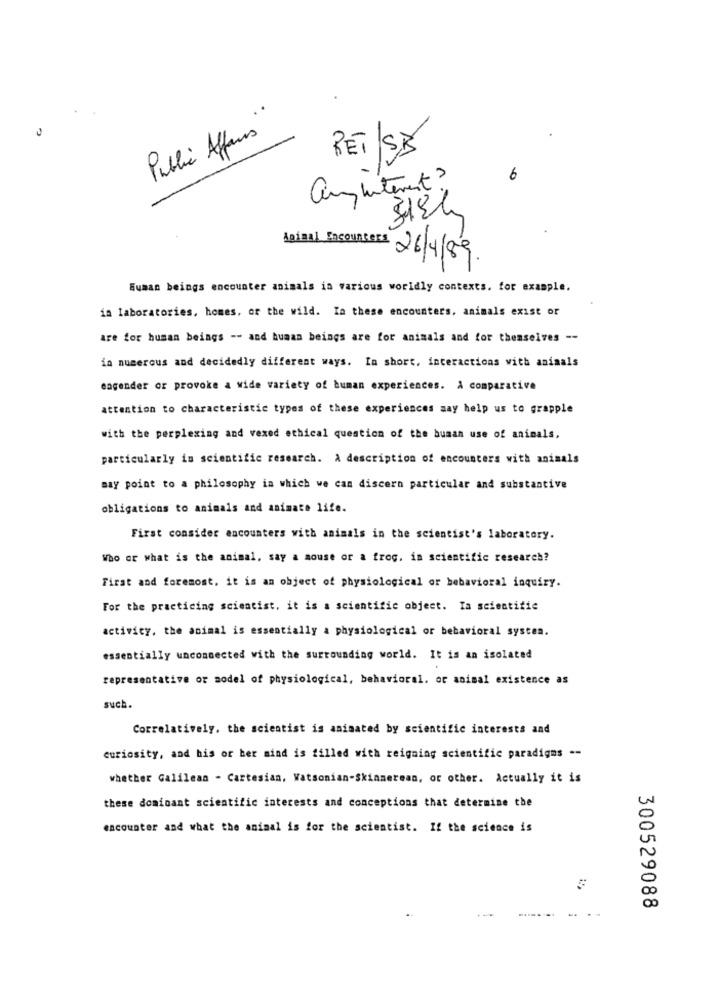
Public Affairs"
RET/SB
0
an interest ?
Animal Encounters 26/4/89.
Human beings encounter animals in various worldly contexts. for example.
in laboratories, homes, or the wild. In these encounters, animals exist or
are for human beings -- and human beings are for animals and for themselves --
in numerous and decidedly different ways. In short, interactions with animals
eagender or provoke a wide variety of human experiences. A comparative
attention to characteristic types of these experiences aay help us to grapple
with the perplexing and vexed ethical question of the human use of animals,
particularly in scientific research. A description of encounters with animals
may point to a philosophy in which we can discern particular and substantive
obligations to animals and animate life.
First consider encounters with animals in the scientist's laboratory.
Who or what is the animal, say a mouse or a frog, in scientific research?
First and foremost. it is an object of physiological or bebavioral inquiry.
For the practicing scientist, it is a scientific object. Ia scientific
activity, the animal is essentially a physiological or behavioral system.
essentially unconnected with the surrounding world. It is an isolated
representative or model of physiological, behavioral. or animal existence as
such.
Correlatively, the scientist is animated by scientific interests and
curiosity, and his or her mind is filled with reigning scientific paradigms --
whether Galilean - Cartesian, Watsonian-Skinmerean, or other. Actually it is
these dominant scientific interests and conceptions that determine the
encounter and what the animal is for the scientist. If the science is
300529088